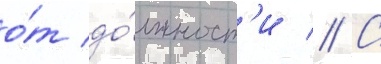
о́т до́лжност'и // С